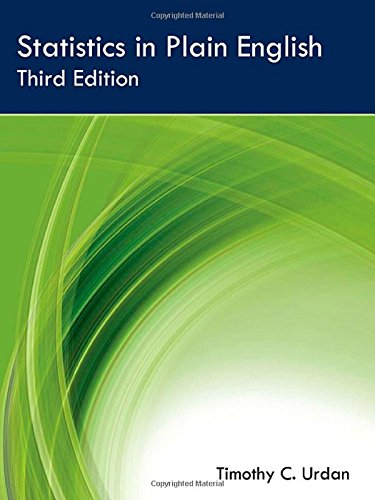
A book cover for Statistics in Plain English, Third Edition; Timothy C. Urdan; Medical Books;